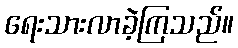
ရေးသားလာခဲ့ကြသည်။